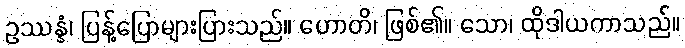
ဥဿန္နံ၊ ပြန့်ပြောများပြားသည်။ ဟောတိ၊ ဖြစ်၏။ သော၊ ထိုဒါယကာသည်။